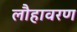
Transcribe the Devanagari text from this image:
लौहावरण